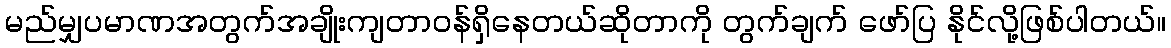
မည်မျှပမာဏအတွက်အချိုးကျတာဝန်ရှိနေတယ်ဆိုတာကို တွက်ချက် ဖော်ပြ နိုင်လို့ဖြစ်ပါတယ်။